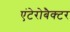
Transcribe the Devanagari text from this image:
एंटेरोबैक्टर